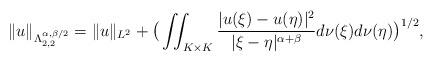
LaTeX: \begin{align*} \Vert u \Vert_{{\Lambda_{2,2}^{\alpha,\beta/2}}} = \Vert u \Vert_{L^2}+ \big (\iint_{K \times K } \frac{|u(\xi)-u(\eta)|^2} {|\xi-\eta|^{\alpha+\beta}}d\nu(\xi)d\nu(\eta) \big )^{1/2},\end{align*}